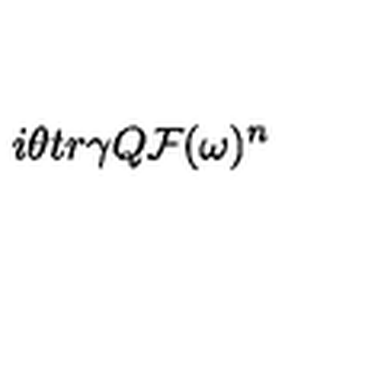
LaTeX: i \theta t r \gamma Q { \cal F } ( \omega ) ^ { n }